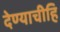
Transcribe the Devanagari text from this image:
देण्याचीहि